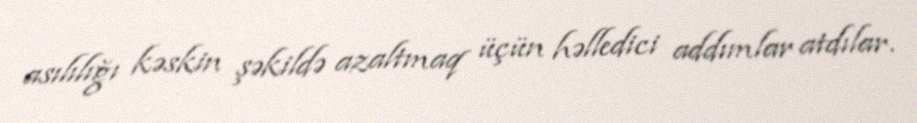
asılılığı kəskin şəkildə azaltmaq üçün həlledici addımlar atdılar.